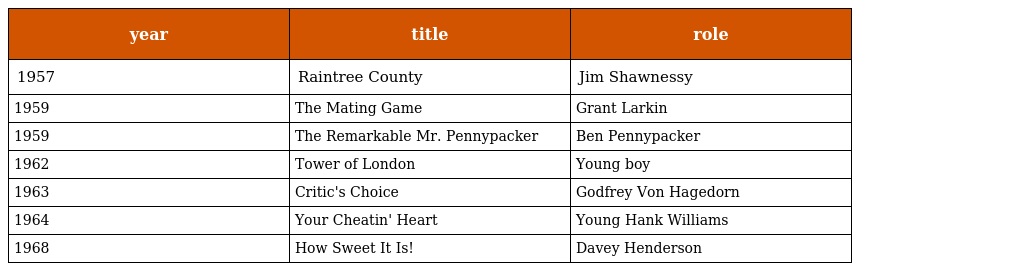
| year | title | role |
 | --- | --- | --- |
 | 1957 | Raintree County | Jim Shawnessy |
 | 1959 | The Mating Game | Grant Larkin |
 | 1959 | The Remarkable Mr. Pennypacker | Ben Pennypacker |
 | 1962 | Tower of London | Young boy |
 | 1963 | Critic's Choice | Godfrey Von Hagedorn |
 | 1964 | Your Cheatin' Heart | Young Hank Williams |
 | 1968 | How Sweet It Is! | Davey Henderson |